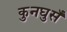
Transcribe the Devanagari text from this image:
कुनघुसँ